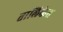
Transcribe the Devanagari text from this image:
तालिकेत